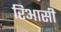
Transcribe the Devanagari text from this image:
रिआसी